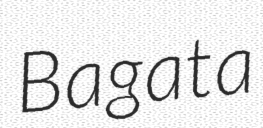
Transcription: Bagata